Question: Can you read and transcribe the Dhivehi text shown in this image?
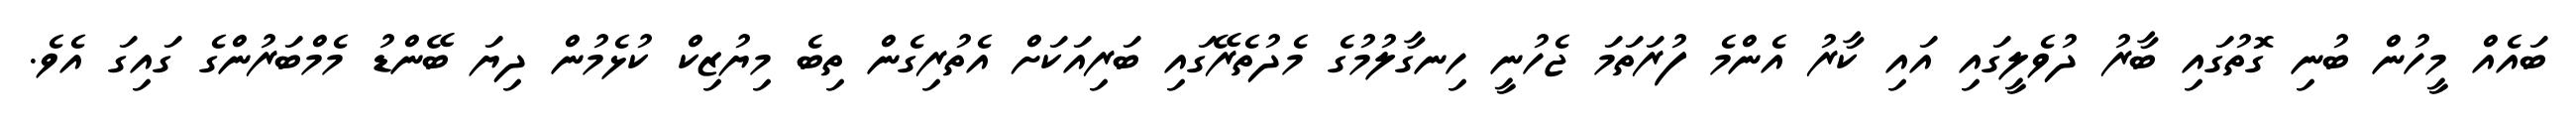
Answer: ބައެއް މީހުން ބުނި ގޮތުގައި ބާރު ދުވެލީގައި އައި ކާރު އެންމެ ފުރަތަމަ ޖެހުނީ ހިނގާލުމުގެ މެދުތެރޭގައި ބަރިއަކަށް އެތުރިގެން ތިބެ މިޔުޒިކް ކުޅެމުން ދިޔަ ބޭންޑު މެމްބަރުންގެ ގައިގަ އެވެ.